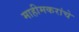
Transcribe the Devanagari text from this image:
माहीमकरांचे